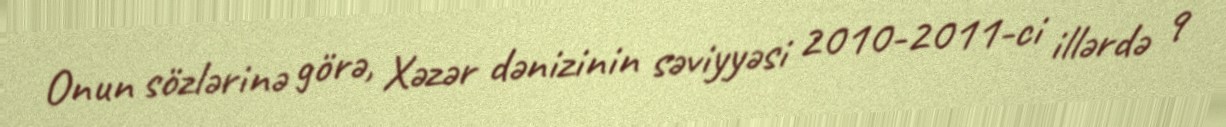
Onun sözlərinə görə, Xəzər dənizinin səviyyəsi 2010-2011-ci illərdə 9